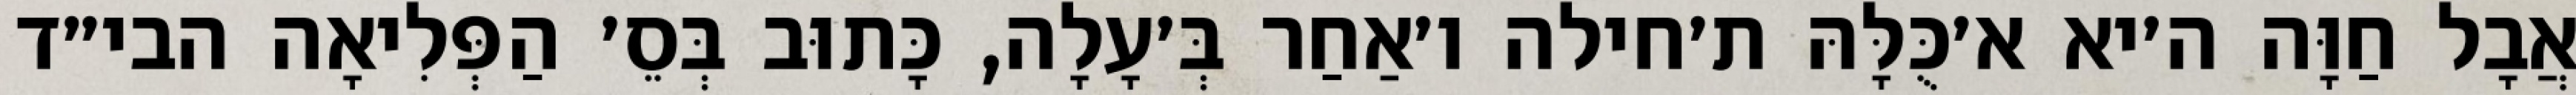
אֲבָל חַוָּה ה׳יא א׳כֻּלָּהּ ת׳חילה ו׳אַחַר בְּ׳עָלָה, כָּתוּב בְּסֵ׳ הַפְּלִיאָה הבי״ד